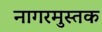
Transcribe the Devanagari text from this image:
नागरमुस्तक